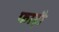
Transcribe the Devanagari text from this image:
फाड़ी